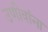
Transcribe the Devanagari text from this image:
उणीवांना